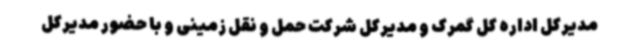
مدیرکل اداره کل گمرک و مدیرکل شرکت حمل و نقل زمینی و با حضور مدیرکل